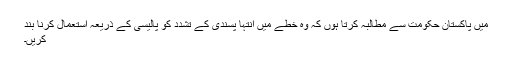
میں پاکستان حکومت سے مطالبہ کرتا ہوں کہ وہ خطے میں انتہا پسندی کے تشدد کو پالیسی کے ذریعہ استعمال کرنا بند
کریں۔